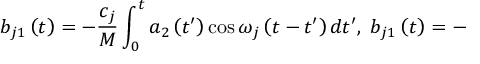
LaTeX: b _ { j 1 } \left( t \right) = - \frac { c _ { j } } M \int _ { 0 } ^ { t } a _ { 2 } \left( t ^ { \prime } \right) \cos \omega _ { j } \left( t - t ^ { \prime } \right) d t ^ { \prime } , \; b _ { j 1 } \left( t \right) = -